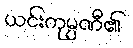
ယင်းကုမ္ပဏီ၏